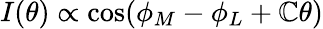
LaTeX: I(\theta)\propto\cos(\phi_{M}-\phi_{L}+\mathbb{C}\theta)